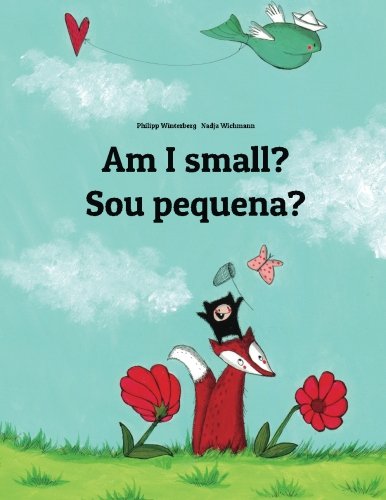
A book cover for Am I small? Sou pequena?: Children's Picture Book English-Brazilian Portuguese (Bilingual Edition); Philipp Winterberg; Children's Books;